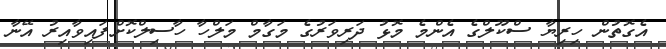
އެގޮތުން ހިރިޔާ ސްކޫލްގެ އެންމެ މޮޅު ދަރިވަރުގެ މަގާމް މަލްހާ ހާސިލްކޮށްފައިވާއިރު އޭނާ